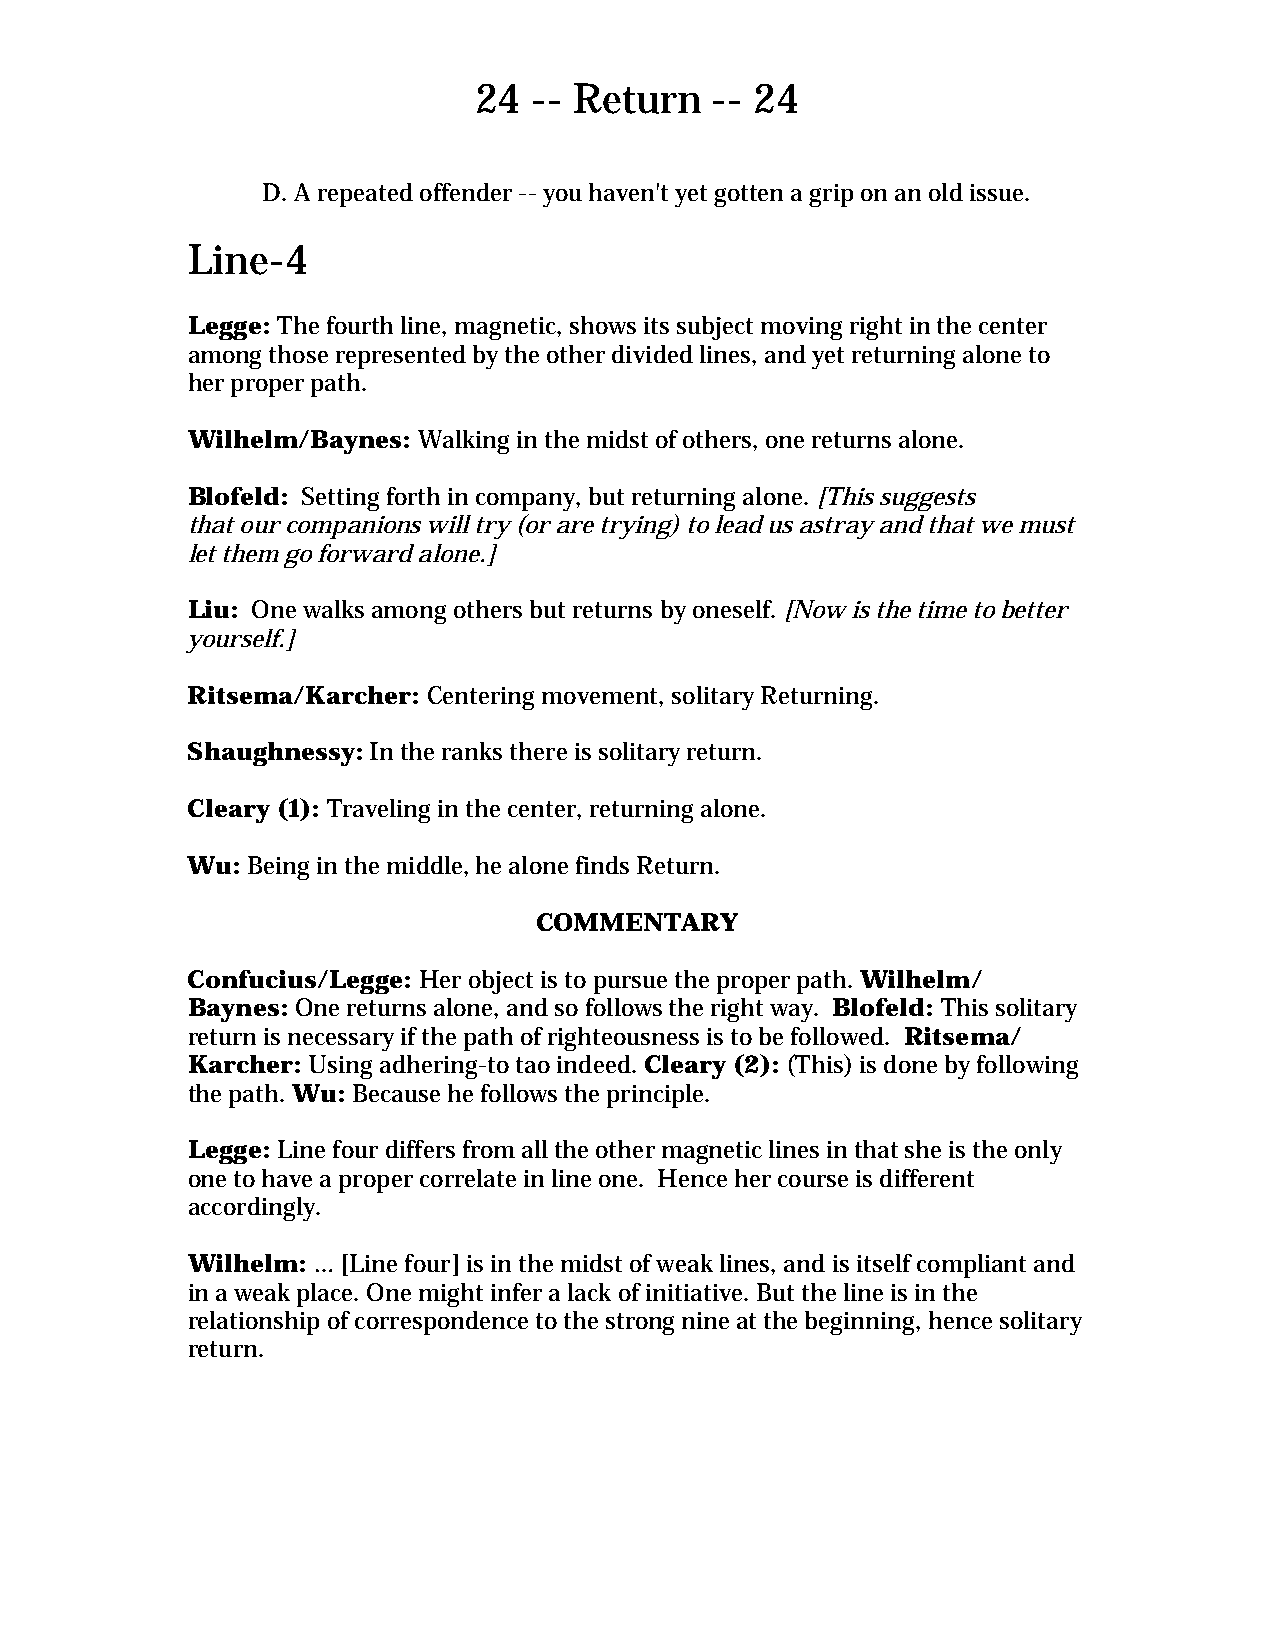
24  -- Return   -- 24
 D. A repeated offender -- you haven't yet gotten a grip on an old issue.
 Line-4
 Legge: The fourth line, magnetic, shows its subject moving right in the center
 among those represented by the other divided lines, and yet returning alone to
 her proper path.
 Wilhelm/Baynes: Walking in the midst of others, one returns alone.
 Blofeld: Setting forth in company, but returning alone. [This suggests
 that our companions will try (or are trying) to lead us astray and that we must
 let them go forward alone.]
 Liu: One walks among others but returns by oneself. [Now is the time to better
 yourself.]
 Ritsema/Karcher: Centering movement, solitary Returning.
 Shaughnessy: In the ranks there is solitary return.
 Cleary (1): Traveling in the center, returning alone.
 Wu: Being in the middle, he alone finds Return.
 COMMENTARY
 Confucius/Legge: Her object is to pursue the proper path. Wilhelm/
 Baynes: One returns alone, and so follows the right way. Blofeld: This solitary
 return is necessary if the path of righteousness is to be followed. Ritsema/
 Karcher: Using adhering-to tao indeed. Cleary (2): (This) is done by following
 the path. Wu: Because he follows the principle.
 Legge: Line four differs from all the other magnetic lines in that she is the only
 one to have a proper correlate in line one. Hence her course is different
 accordingly.
 Wilhelm: … [Line four] is in the midst of weak lines, and is itself compliant and
 in a weak place. One might infer a lack of initiative. But the line is in the
 relationship of correspondence to the strong nine at the beginning, hence solitary
 return.